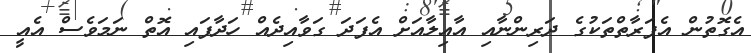
އެގޮތުން އެފަރާތްތަކުގެ ދަރިންނާއި އާއިލާއަށް އެފަދަ ގަވާއިދެއް ހަދާފައި އޮތް ނަމަވެސް އެއީ